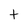
Character: t